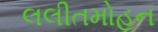
લલીતમોહન